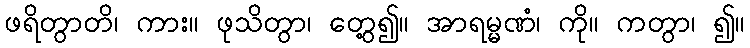
ဖရိတွာတိ၊ ကား။ ဖုသိတွာ၊ တွေ့၍။ အာရမ္မဏံ၊ ကို။ ကတွာ၊ ၍။